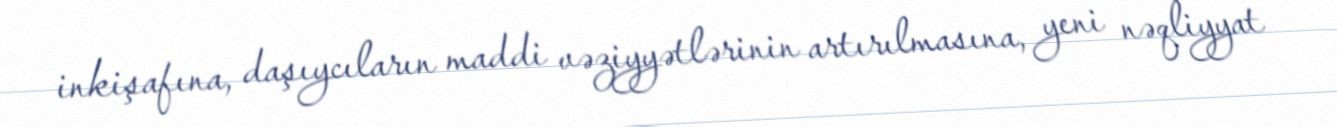
inkişafına, daşıycıların maddi vəziyyətlərinin artırılmasına, yeni nəqliyyat